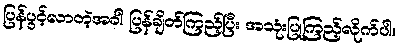
ပြန်ပွင့်လာတဲ့အခါ ပြန်ချိတ်ကြည့်ပြီး အသုံးပြုကြည့်လိုက်ပါ။